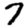
Digit: 7